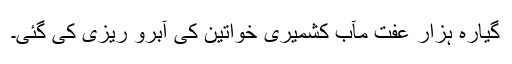
گیارہ ہزار عفت مآب کشمیری خواتین کی آبرو ریزی کی گئی۔